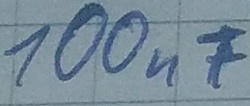
Text: 100nF